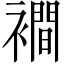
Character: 襇